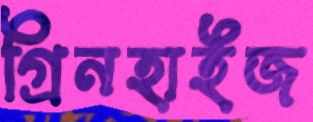
গ্রিনহাইজ